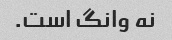
نه وانگ است.